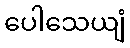
ပေါသေယျံ